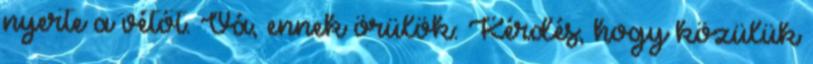
nyerte a vétót. Vá, ennek örülök: Kérdés, hogy közülük